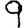
Digit: 9